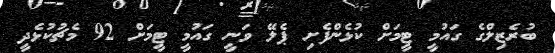
ބުރެޒިލްގެ ގައުމީ ޓީމަށް ކުޅެންފެށި ޕެލޭ ވަނީ ގައުމީ ޓީމަށް 92 މެޗުކުޅެދީ